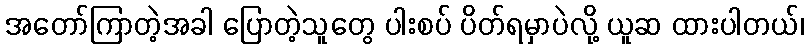
အတော်ကြာတဲ့အခါ ပြောတဲ့သူတွေ ပါးစပ် ပိတ်ရမှာပဲလို့ ယူဆ ထားပါတယ်၊